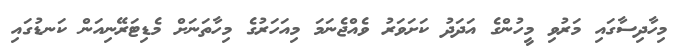
މިހާދިސާގައި މަރުވި މީހުންގެ އަދަދު ކަށަވަރު ވެއްޖެނަމަ މިއަހަރުގެ މިހާތަނަށް މެޑިޓަރޭނިއަން ކަނޑުގައި